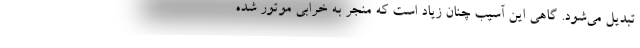
تبدیل می‌شود. گاهی این آسیب چنان زیاد است که منجر به خرابی موتور شده